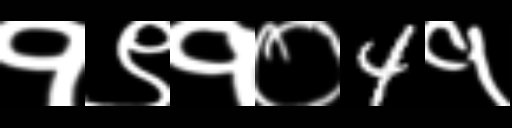
Text: १९१०4१